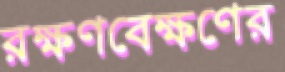
রক্ষণবেক্ষণের